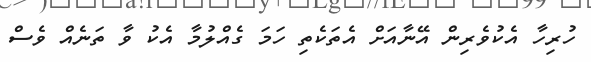
ހުރިހާ އެކުވެރިން އޭނާއަށް އެތަކެތި ހަމަ ގެއްލުމާ އެކު ވާ ތަނެއް ވެސް